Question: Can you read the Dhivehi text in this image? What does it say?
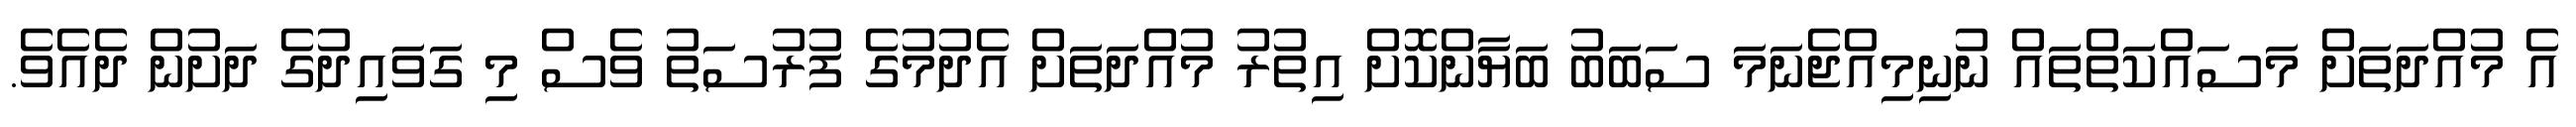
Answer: އެ މުއްދަތަށް މަސައްކަތްތައް ނުނިމިއްޖެނަމަ ސަބަބު ބަޔާންކޮށް އިތުރު މުއްދަތަށް އެދުމުގެ ފުރުސަތު ވެސް މި ގަވައިދުގެ ދަށުން ދެއެވެ.